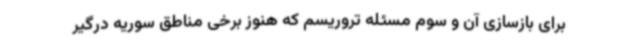
برای بازسازی آن و سوم مسئله تروریسم که هنوز برخی مناطق سوریه درگیر